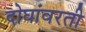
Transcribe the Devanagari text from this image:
दोघांवरती